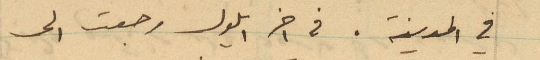
في المدينة. في اخر ايلول رجعت الى